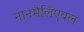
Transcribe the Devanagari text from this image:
नानमैलिएबल